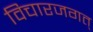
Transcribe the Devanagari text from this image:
विचारजगत्